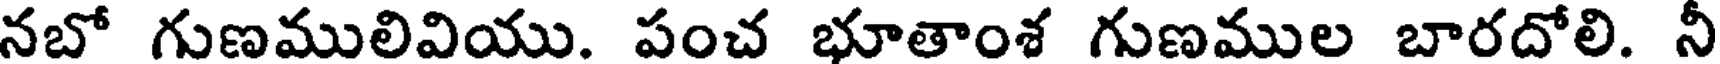
నబో గుణములివియు. పంచ భూతాంశ గుణముల బారదోలి. నీ